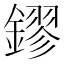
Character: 鏐